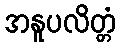
အနူပလိတ္တံ